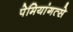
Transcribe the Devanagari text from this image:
पेमियांगत्से